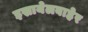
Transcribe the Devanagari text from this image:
इस्रायेलबाहेर